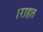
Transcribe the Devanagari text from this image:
।राहत